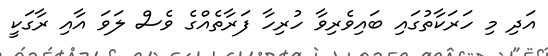
އަދި މި ހަރަކާތުގައި ބައިވެރިވާ ހުރިހާ ފަރާތެއްގެ ވެސް ލަވަ އާއި ރާގަކީ